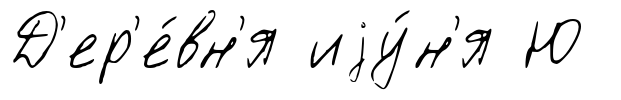
Д'ер'е́вн'я иjу́н'я Ю